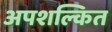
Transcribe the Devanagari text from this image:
अपशल्कित